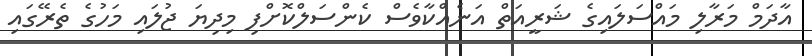
އާދަމް މަރާލި މައްސަލައިގެ ޝަރީއަތް އަނެއްކާވެސް ކެންސަލްކޮށްފި މިދިޔަ ޖުލައި މަހުގެ ތެރޭގައި